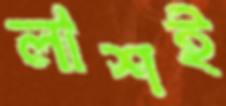
লাশই